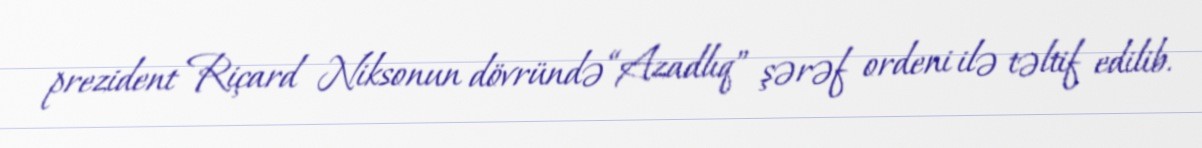
prezident Riçard Niksonun dövründə “Azadlıq” şərəf ordeni ilə təltif edilib.